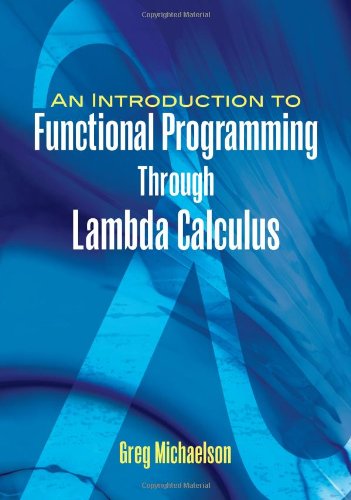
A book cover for An Introduction to Functional Programming Through Lambda Calculus (Dover Books on Mathematics); Greg Michaelson; Computers & Technology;